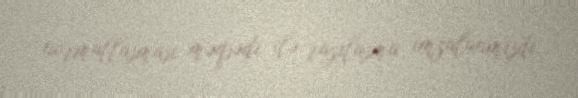
normallaşması məqsədi ilə razılaşma imzalanmışdı.